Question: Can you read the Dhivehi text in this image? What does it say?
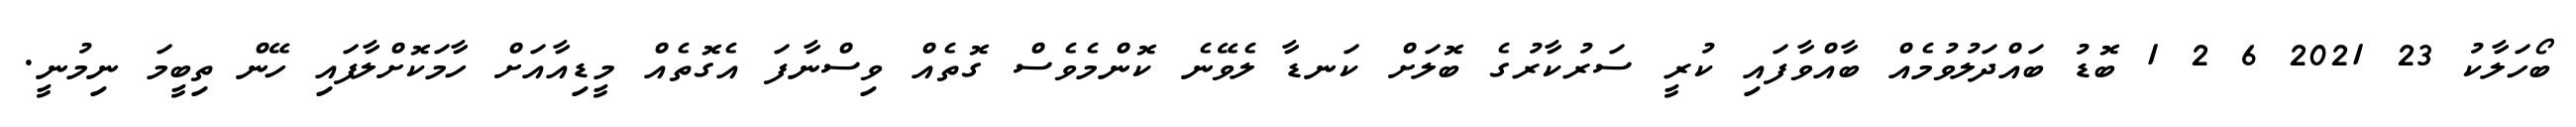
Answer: ބޯހަލާކު 23 2021 6 2 1 ބޮޑު ބައްދަލުވުމެއް ބާއްވާފައި ކުރީ ސަރުކާރުގެ ބޮލަށް ކަނޑާ ލެވޭނެ ކޮންމެވެސް ގޮތެއް ވިސްނާފަ އެގޮތެއް މީޑިއާއަށް ހާމަކޮށްލާފައި ހޭން ތިބީމަ ނިމުނީ.